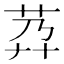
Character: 𦮘